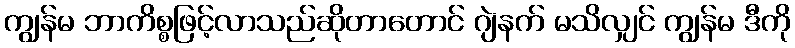
ကျွန်မ ဘာကိစ္စဖြင့်လာသည်ဆိုတာတောင် ဂျဲနက် မသိလျှင် ကျွန်မ ဒီကို